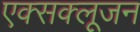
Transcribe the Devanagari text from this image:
एक्सक्लूजन